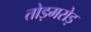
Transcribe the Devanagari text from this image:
तोड़मरोड़